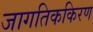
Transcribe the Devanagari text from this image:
जागतिककिरण